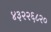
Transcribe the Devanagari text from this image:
४३२२६८२०